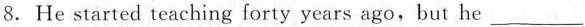
8.He started teaching forty years ago,but he ___